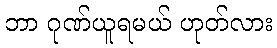
ဘာ ဂုဏ်ယူရမယ် ဟုတ်လား